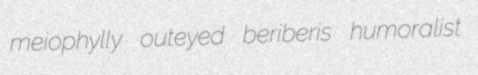
meiophylly outeyed beriberis humoralist